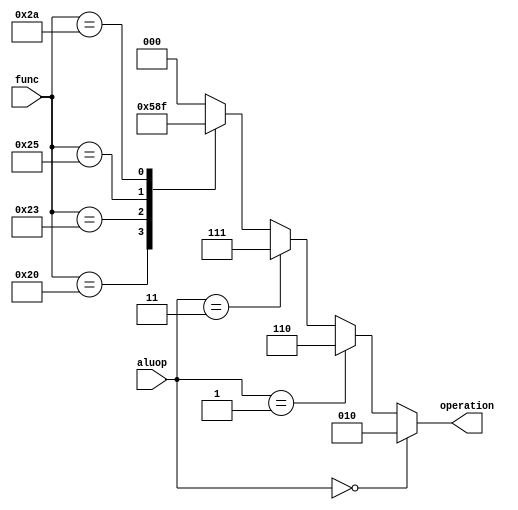
module alu_controller (input [1:0] aluop, input [5:0] func, output reg [2:0] operation);  
    always @(aluop, func)
    begin
        operation = 3'b000;
        if (aluop == 2'b00)  
            operation = 3'b010;
        else if (aluop == 2'b01)
            operation = 3'b110;
        else if (aluop == 2'b11)
            operation = 3'b111;
        else
        begin
            case (func)
                6'b100000: operation = 3'b010;
                6'b100011: operation = 3'b110;
                6'b100100: operation = 3'b000;
                6'b100101: operation = 3'b001;
                6'b101010: operation = 3'b111;
                default:   operation = 3'b000;
            endcase
        end   
    end
endmodule